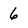
Character: 6